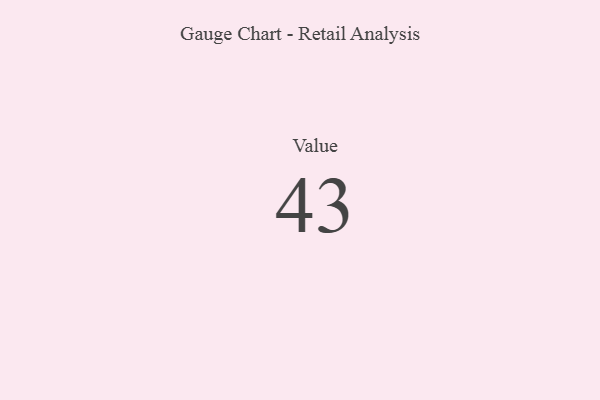
{"axis": {"x": "Metric", "y": "Value"}, "legend": [""], "data": [{"x": "Value", "y": 43, "type": ""}]}